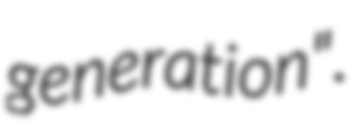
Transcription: generation".